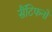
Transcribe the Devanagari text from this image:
सैंटिफनों